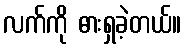
လက်ကို ဓားရှခဲ့တယ်။